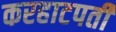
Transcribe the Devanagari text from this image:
करहाटपती